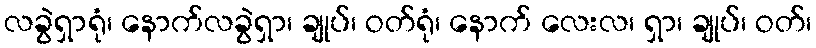
လခွဲရှာရုံ၊ နောက်လခွဲရှာ၊ ချုပ်၊ ဝတ်ရုံ၊ နောက် လေးလ၊ ရှာ၊ ချုပ်၊ ဝတ်၊